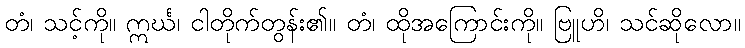
တံ၊ သင့်ကို။ ဣင်္ဃ၊ ငါတိုက်တွန်း၏။ တံ၊ ထိုအကြောင်းကို။ ဗြူဟိ၊ သင်ဆိုလော။